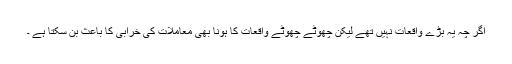
اگر چہ یہ بڑے واقعات نہیں تھے لیکن چھوٹے چھوٹے واقعات کا ہونا بھی معاملات کی خرابی کا باعث بن سکتا ہے ۔